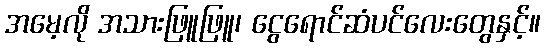
အမေ့လို အသားဖြူဖြူ၊ ငွေရောင်ဆံပင်လေးတွေနှင့်။